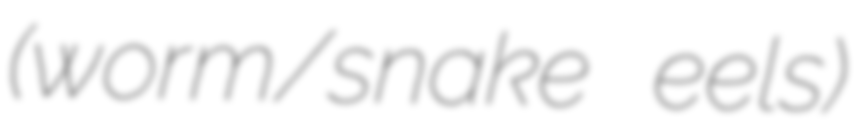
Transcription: (worm/snake eels)